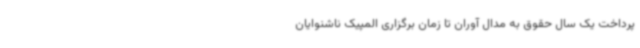
پرداخت یک سال حقوق به مدال آوران تا زمان برگزاری المپیک ناشنوایان